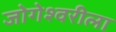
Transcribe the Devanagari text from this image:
जोगेश्वरीला